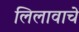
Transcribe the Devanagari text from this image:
लिलावाचे